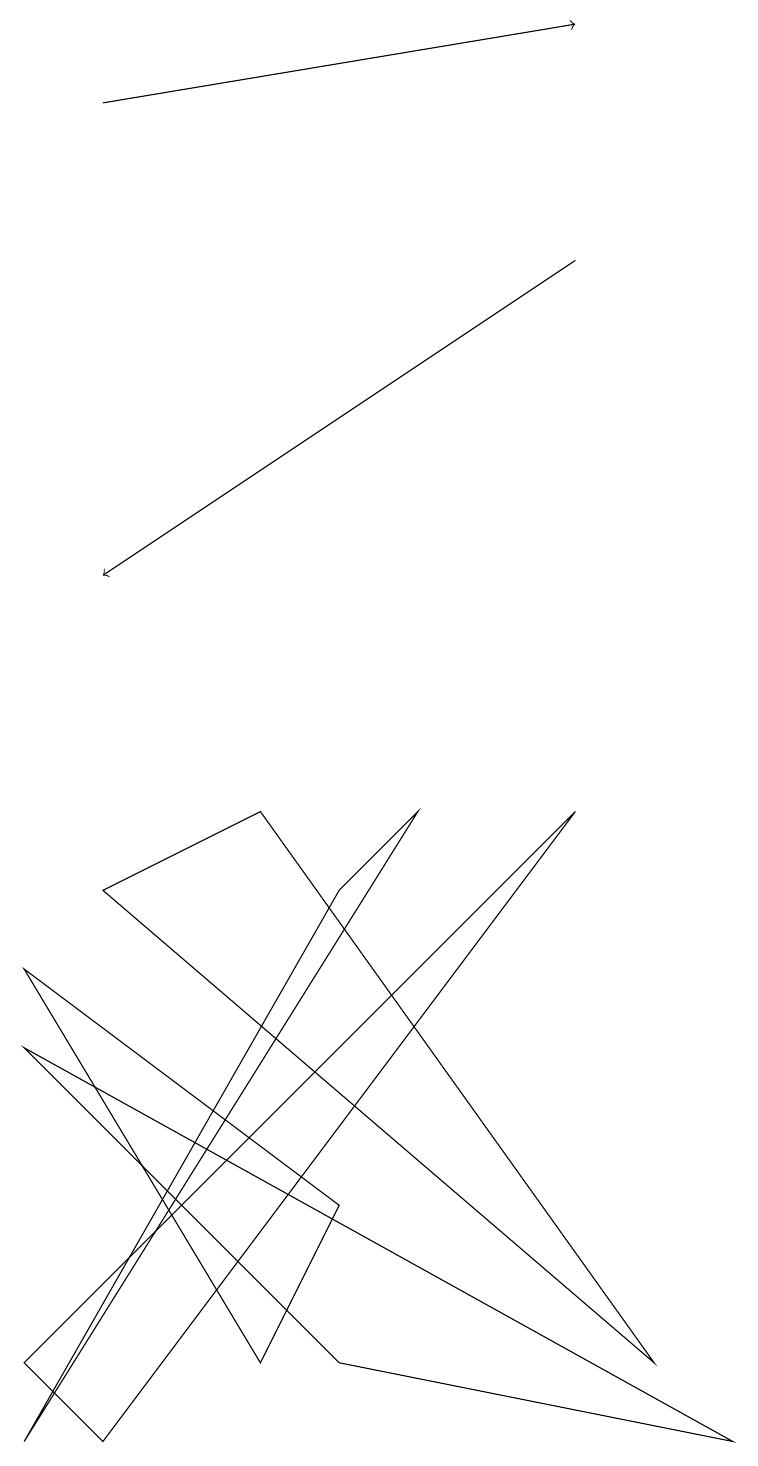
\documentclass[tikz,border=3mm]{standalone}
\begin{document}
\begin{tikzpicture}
\draw (3,1) -- (4,3) -- (0,6) -- cycle;
\draw (3,8) -- (1,7) -- (8,1) -- cycle;
\draw[->] (7,15) -- (1,11);
\draw (4,7) -- (5,8) -- (0,0) -- cycle;
\draw (0,1) -- (1,0) -- (7,8) -- cycle;
\draw[->] (1,17) -- (7,18);
\draw (0,5) -- (4,1) -- (9,0) -- cycle;
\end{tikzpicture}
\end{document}